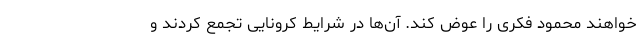
خواهند محمود فکری را عوض کند. آن‌ها در شرایط کرونایی تجمع کردند و